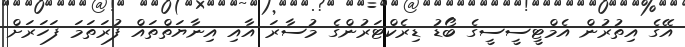
އޭގެ އިތުރުން އެމްޓީސީސީގެ ބޯޑު ޑިރެކްޓަރުންގެ މުސާރަ އާއި އިނާޔަތްތައް ފުރަތަމަ ފަހަރަށް